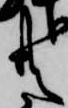
共